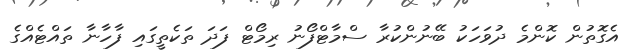
އެގޮތުން ކޮންމެ ދުވަހަކު ބޭނުންކުރާ ސްމާޓްފޯނު ރިމޯޓް ފަދަ ތަކެތީގައި ފާހާނާ ތައްޓެއްގެ